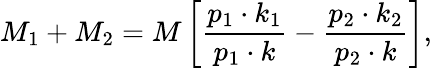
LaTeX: M_{1}+M_{2}=M\left[\frac{p_{1}\cdot k_{1}}{p_{1}\cdot k}-\frac{p_{2}\cdot k_{2}}{p_{2}\cdot k}\right],